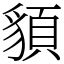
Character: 䫉